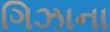
ગિઝાના